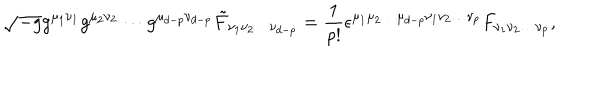
\sqrt { - g } g ^ { \mu _ { 1 } \nu _ { 1 } } g ^ { \mu _ { 2 } \nu _ { 2 } } \cdots g ^ { \mu _ { d - p } \nu _ { d - p } } { \tilde { F } } _ { \nu _ { 1 } \nu _ { 2 } \ldots \nu _ { d - p } } = \frac { 1 } { p ! } \epsilon ^ { \mu _ { 1 } \mu _ { 2 } \ldots \mu _ { d - p } \nu _ { 1 } \nu _ { 2 } \ldots \nu _ { p } } F _ { \nu _ { 1 } \nu _ { 2 } \ldots \nu _ { p } } ,